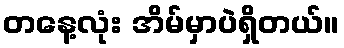
တနေ့လုံး အိမ်မှာပဲရှိတယ်။